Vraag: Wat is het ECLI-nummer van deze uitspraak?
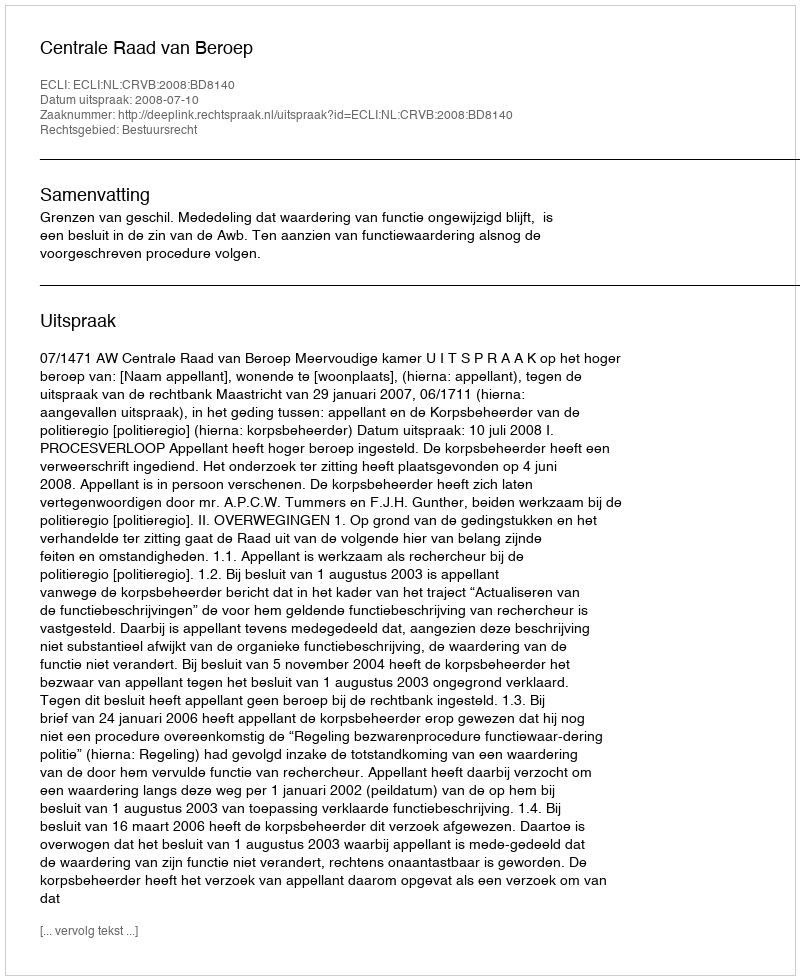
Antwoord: ECLI:NL:CRVB:2008:BD8140